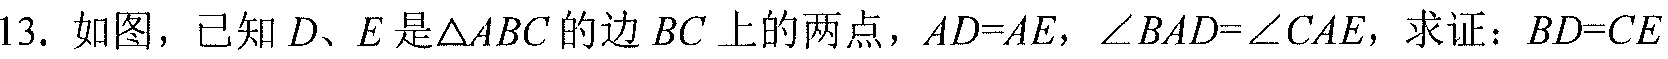
13. 如图，已知 \(D、E\) 是\(\triangle ABC\)的边 \(BC\)上的两点，\(AD = AE\)，\(\angle BAD=\angle CAE\)，求证：\(BD = CE\)